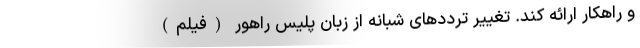
و راهکار ارائه کند. تغییر ترددهای شبانه از زبان پلیس راهور (فیلم)